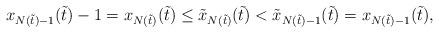
LaTeX: \begin{align*}x_{N(\tilde t)-1}(\tilde t)-1 = x_{N(\tilde t)}(\tilde t) \leq \tilde x_{N(\tilde t)}(\tilde t) <\tilde x_{N(\tilde t)-1}(\tilde t) = x_{N(\tilde t)-1}(\tilde t),\end{align*}